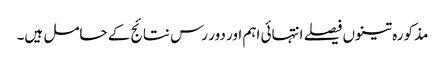
مذکورہ تینوں فیصلے انتہائی اہم اور دور رس نتائج کے حامل ہیں۔